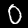
Label: 0